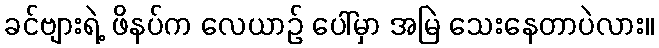
ခင်ဗျားရဲ့ ဖိနပ်က လေယာဉ် ပေါ်မှာ အမြဲ သေးနေတာပဲလား။